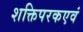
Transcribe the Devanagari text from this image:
शक्तिपरकएवं